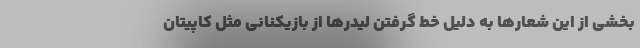
بخشی از این شعارها به دلیل خط گرفتن لیدرها از بازیکنانی مثل کاپیتان